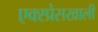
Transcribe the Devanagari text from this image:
एक्स्प्रेसखाली